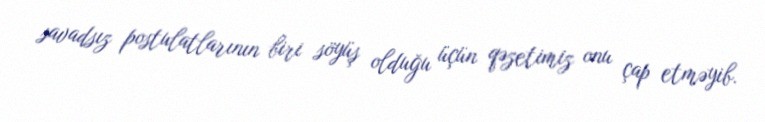
savadsız postulatlarının biri söyüş olduğu üçün qəzetimiz onu çap etməyib.